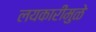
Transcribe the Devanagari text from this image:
लयकारीमुळे